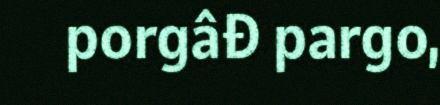
porgâđ pargo,